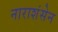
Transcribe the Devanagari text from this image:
नाराशंसेन